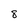
Character: 8